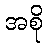
အစို